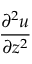
\frac { \partial ^ { 2 } u } { \partial z ^ { 2 } }